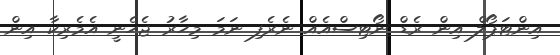
އިންޓަޕޯލް އިން ރެޑް ނޯޓިސްއެއް ނެރެފި ނަމަ މިހާރު ޖެހެނީ އެމެރިކާ އިން